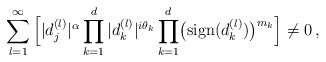
\begin{align*} \sum_{l=1}^\infty \Big[ |d_j^{(l)}|^{\alpha} \prod_{k=1}^d |d_k^{(l)}|^{i\theta_k} \prod_{k=1}^d \bigl( {\rm sign}(d_k^{(l)} )\bigr)^{m_k} \Big] \not= 0\,, \end{align*}